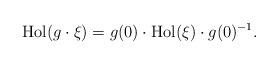
LaTeX: \begin{align*}\mathrm{Hol}(g \cdot \xi) = g(0) \cdot \mathrm{Hol}(\xi) \cdot g(0)^{-1}. \end{align*}